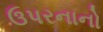
ઉપરનાનો